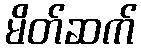
မိတ်ဆက်